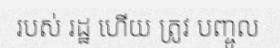
របស់ រដ្ឋ ហើយ ត្រូវ បញ្ចូល